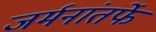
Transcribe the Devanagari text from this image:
जर्मनांतर्फे